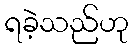
ရခဲ့သည်ဟု